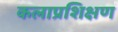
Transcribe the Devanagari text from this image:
कलाप्रशिक्षण